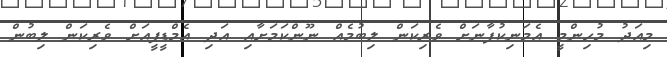
މިއަދު މުހިންމީ އެމަނިކުފާނަށް ވެރިކަން ލިބުމެއް ނޫންކަމަށާއި އަދި އެމްޑީޕީއަށް ވެރިކަން ލިބުން